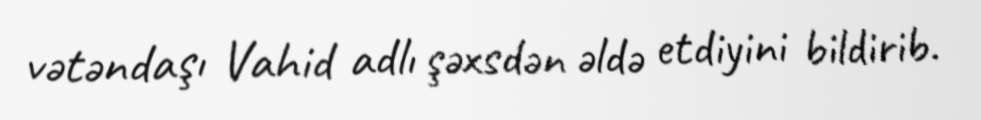
vətəndaşı Vahid adlı şəxsdən əldə etdiyini bildirib.